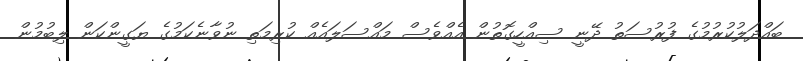
ބައްދަލުކުރުމުގެ ފުރުސަތު ދޭނީ ސިއްހީގޮތުން އެއްވެސް މައްސަލައެއް ކުރިމަތި ނުވާނެކަމުގެ ޔަގީންކަން ލިބުމުން